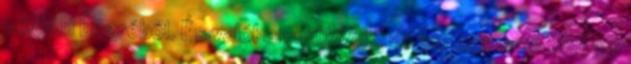
például bögréből. És valóban műkődik, de sehogy sem tudtam